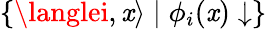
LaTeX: \{ \langlei,\mathit{x}\rangle\mid\phi_{i}(\mathit{x})\downarrow\}